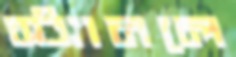
স্ট্যানলে